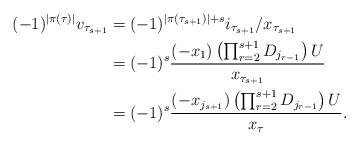
LaTeX: \begin{align*}(-1)^{|\pi(\tau)|}v_{\tau_{s+1}}&=(-1)^{|\pi(\tau_{s+1})|+s}i_{\tau_{s+1}}/x_{\tau_{s+1}}\\&=(-1)^{s} \frac{(-x_1)\left(\prod_{r=2}^{s+1} D_{j_{r-1}}\right) U}{x_{\tau_{s+1}}}\\&=(-1)^{s} \frac{(-x_{j_{s+1}})\left(\prod_{r=2}^{s+1} D_{j_{r-1}}\right) U}{x_\tau}. \end{align*}